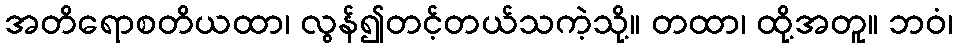
အတိရောစတိယထာ၊ လွန်၍တင့်တယ်သကဲ့သို့။ တထာ၊ ထို့အတူ။ ဘဝံ၊